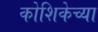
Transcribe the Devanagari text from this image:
कोशिकेच्या